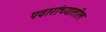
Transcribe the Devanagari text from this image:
पवारांच्यातील